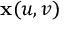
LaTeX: \mathbf { x } ( u , v )